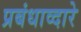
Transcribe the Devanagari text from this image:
प्रबंधाव्दारे